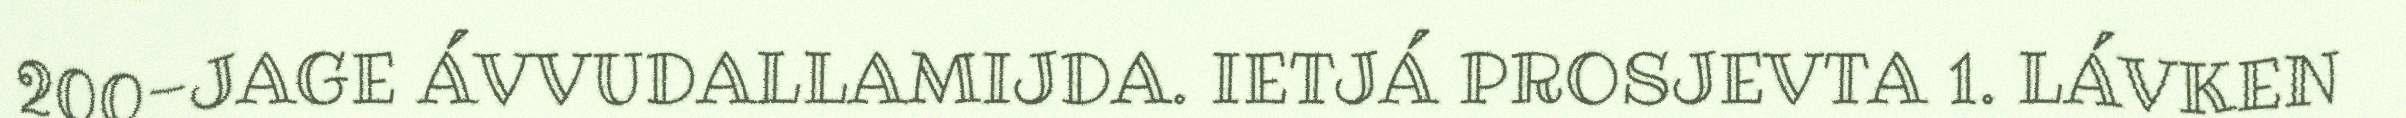
200-JAGE ÁVVUDALLAMIJDA. IETJÁ PROSJEVTA 1. LÁVKEN